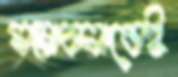
সম্ভাবনাতেই